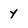
Character: y